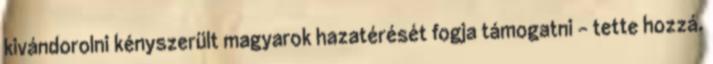
kivándorolni kényszerült magyarok hazatérését fogja támogatni – tette hozzá.